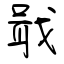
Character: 戢